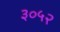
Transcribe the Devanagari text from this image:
३०५२